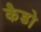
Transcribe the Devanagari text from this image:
कैडो